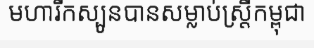
មហារីកស្បូនបានសម្លាប់ស្ត្រីកម្ពុជា